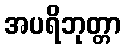
အပရိဘုတ္တာ